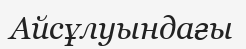
Айсұлуындағы